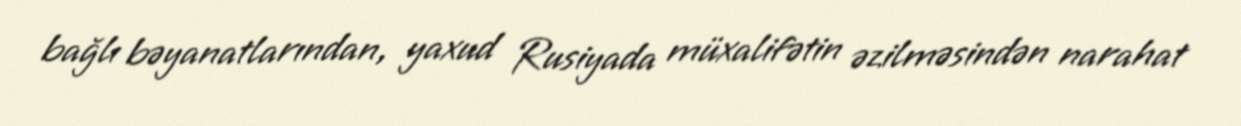
bağlı bəyanatlarından, yaxud Rusiyada müxalifətin əzilməsindən narahat